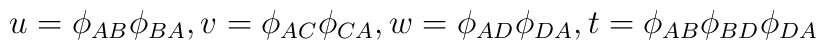
u = \phi_{AB}\phi_{BA}, v =\phi_{AC}\phi_{CA}, w=\phi_{AD}\phi_{DA},t=\phi_{AB}\phi_{BD}\phi_{DA}